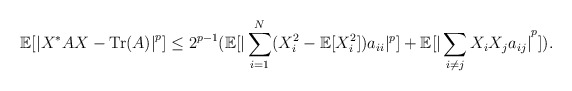
\begin{align*}\mathbb{E}[{|X^* A X - \mathrm{Tr}(A)|}^p] \le 2^{p-1} (\mathbb{E}[|\sum_{i=1}^N (X_i^2 - \mathbb{E}[X_i^2])a_{ii}|^p] + \mathbb{E}[{|\sum_{i \neq j} X_i X_j a_{ij}|}^p]).\end{align*}